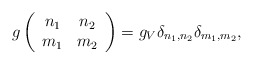
\begin{align*}g\left(\begin{array}{cc} n_1 & n_2 \\ m_1 & m_2 \end{array}\right)=g_{V}\delta_{n_1,n_2}\delta_{m_1,m_2},\end{align*}